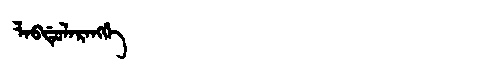
Manchu: ᠯᠠᠪᡩᡠᠯᠠᡵᠠᠩᡤᡝ
Romanization: LABDULARANGGE